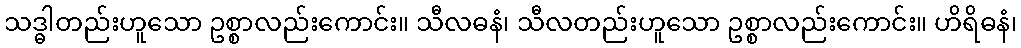
သဒ္ဓါတည်းဟူသော ဥစ္စာလည်းကောင်း။ သီလဓနံ၊ သီလတည်းဟူသော ဥစ္စာလည်းကောင်း။ ဟိရိဓနံ၊